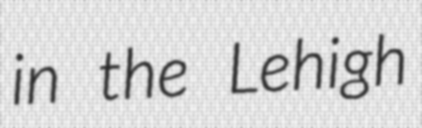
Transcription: in the Lehigh